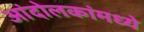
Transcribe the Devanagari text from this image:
आंदोलकांमध्ये